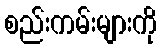
စည်းကမ်းများကို